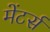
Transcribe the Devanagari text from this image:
मेंटर्स